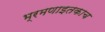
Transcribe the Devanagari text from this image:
भ्रमणाइतकाच